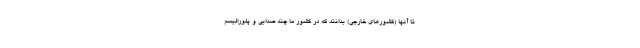
تا آنها (کشورهای خارجی) بدانند که در کشور ما چند صدایی و پلورالیسم